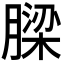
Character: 𮌹